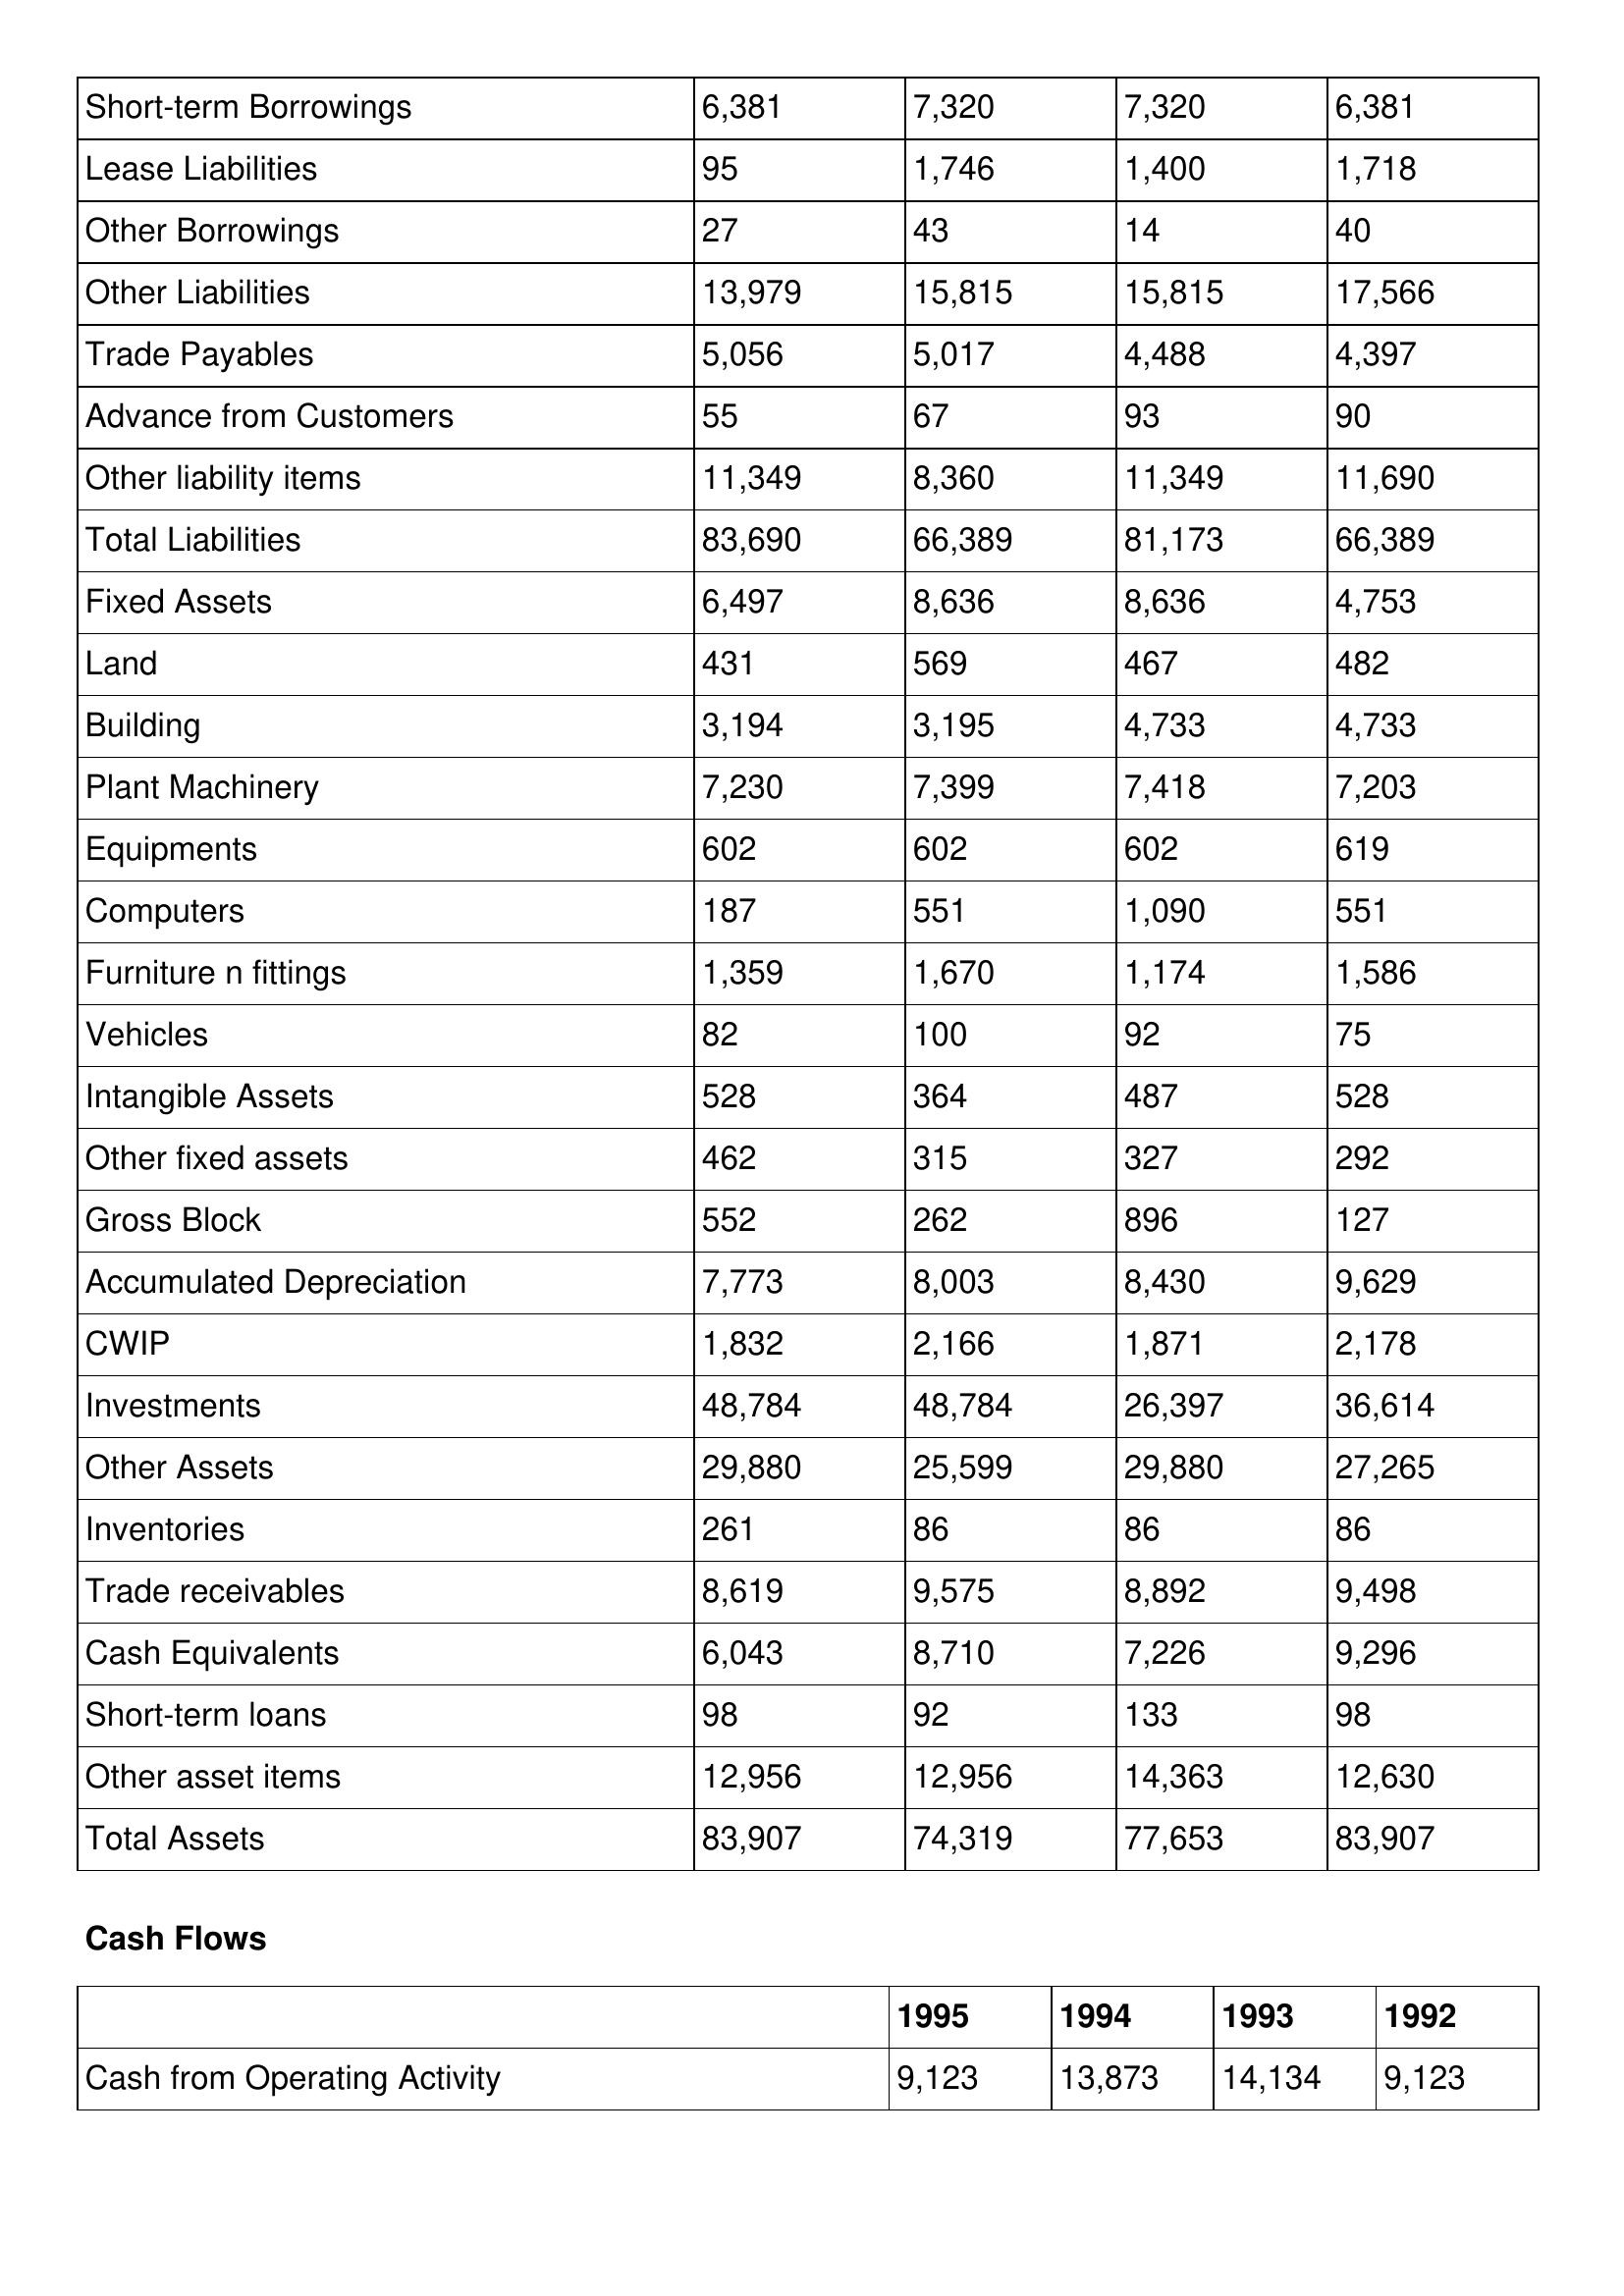
gt_parse: 1995: Balance Sheet: Short-term Borrowings: 6,381
Lease Liabilities: 95
Other Borrowings: 27
Other Liabilities: 13,979
Trade Payables: 5,056
Advance from Customers: 55
Other liability items: 11,349
Total Liabilities: 83,690
Fixed Assets: 6,497
Land: 431
Building: 3,194
Plant Machinery: 7,230
Equipments: 602
Computers: 187
Furniture n fittings: 1,359
Vehicles: 82
Intangible Assets: 528
Other fixed assets: 462
Gross Block: 552
Accumulated Depreciation: 7,773
CWIP: 1,832
Investments: 48,784
Other Assets: 29,880
Inventories: 261
Trade receivables: 8,619
Cash Equivalents: 6,043
Short-term loans: 98
Other asset items: 12,956
Total Assets: 83,907
Cash Flows: Cash from Operating Activity: 9,123
1994: Balance Sheet: Short-term Borrowings: 7,320
Lease Liabilities: 1,746
Other Borrowings: 43
Other Liabilities: 15,815
Trade Payables: 5,017
Advance from Customers: 67
Other liability items: 8,360
Total Liabilities: 66,389
Fixed Assets: 8,636
Land: 569
Building: 3,195
Plant Machinery: 7,399
Equipments: 602
Computers: 551
Furniture n fittings: 1,670
Vehicles: 100
Intangible Assets: 364
Other fixed assets: 315
Gross Block: 262
Accumulated Depreciation: 8,003
CWIP: 2,166
Investments: 48,784
Other Assets: 25,599
Inventories: 86
Trade receivables: 9,575
Cash Equivalents: 8,710
Short-term loans: 92
Other asset items: 12,956
Total Assets: 74,319
Cash Flows: Cash from Operating Activity: 13,873
1993: Balance Sheet: Short-term Borrowings: 7,320
Lease Liabilities: 1,400
Other Borrowings: 14
Other Liabilities: 15,815
Trade Payables: 4,488
Advance from Customers: 93
Other liability items: 11,349
Total Liabilities: 81,173
Fixed Assets: 8,636
Land: 467
Building: 4,733
Plant Machinery: 7,418
Equipments: 602
Computers: 1,090
Furniture n fittings: 1,174
Vehicles: 92
Intangible Assets: 487
Other fixed assets: 327
Gross Block: 896
Accumulated Depreciation: 8,430
CWIP: 1,871
Investments: 26,397
Other Assets: 29,880
Inventories: 86
Trade receivables: 8,892
Cash Equivalents: 7,226
Short-term loans: 133
Other asset items: 14,363
Total Assets: 77,653
Cash Flows: Cash from Operating Activity: 14,134
1992: Balance Sheet: Short-term Borrowings: 6,381
Lease Liabilities: 1,718
Other Borrowings: 40
Other Liabilities: 17,566
Trade Payables: 4,397
Advance from Customers: 90
Other liability items: 11,690
Total Liabilities: 66,389
Fixed Assets: 4,753
Land: 482
Building: 4,733
Plant Machinery: 7,203
Equipments: 619
Computers: 551
Furniture n fittings: 1,586
Vehicles: 75
Intangible Assets: 528
Other fixed assets: 292
Gross Block: 127
Accumulated Depreciation: 9,629
CWIP: 2,178
Investments: 36,614
Other Assets: 27,265
Inventories: 86
Trade receivables: 9,498
Cash Equivalents: 9,296
Short-term loans: 98
Other asset items: 12,630
Total Assets: 83,907
Cash Flows: Cash from Operating Activity: 9,123